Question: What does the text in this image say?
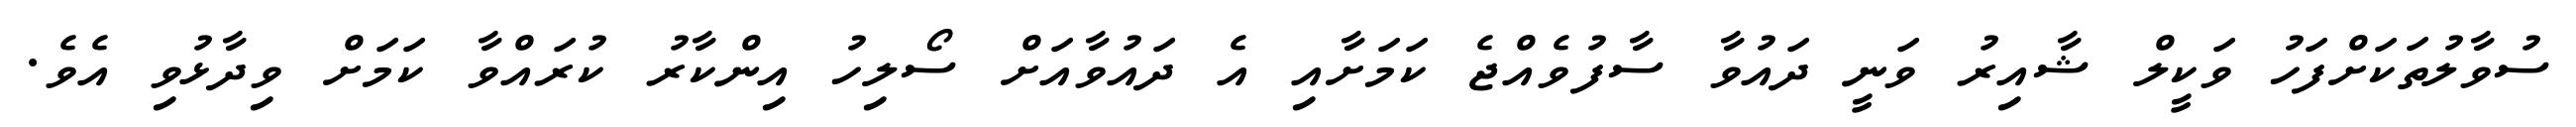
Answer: ސުވާލުތަކަށްފަހު ވަކީލް ޝާއިރު ވަނީ ދައުވާ ސާފުވެއްޖެ ކަމަށާއި އެ ދައުވާއަށް ސޯލިހު އިންކާރު ކުރައްވާ ކަމަށް ވިދާޅުވި އެވެ.